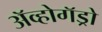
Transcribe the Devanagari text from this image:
अॅव्होगॅड्रो